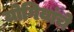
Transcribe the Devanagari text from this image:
योगियांचे